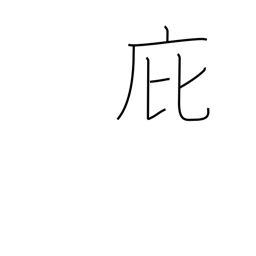
Meaning: penthouse